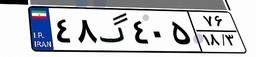
۴۸گ۴۰۵۷۶